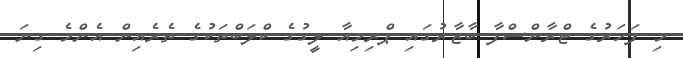
މި ފަހަރުގެ ޓްރާންސްފާ ބާޒާރުގައި ޕްރިމިއާ ލީގުގެ ކްލަބްތަކުގެ ތެރެއިން އެންމެ ގިނަ